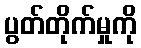
ပွတ်တိုက်မှုကို